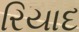
રિયાદ